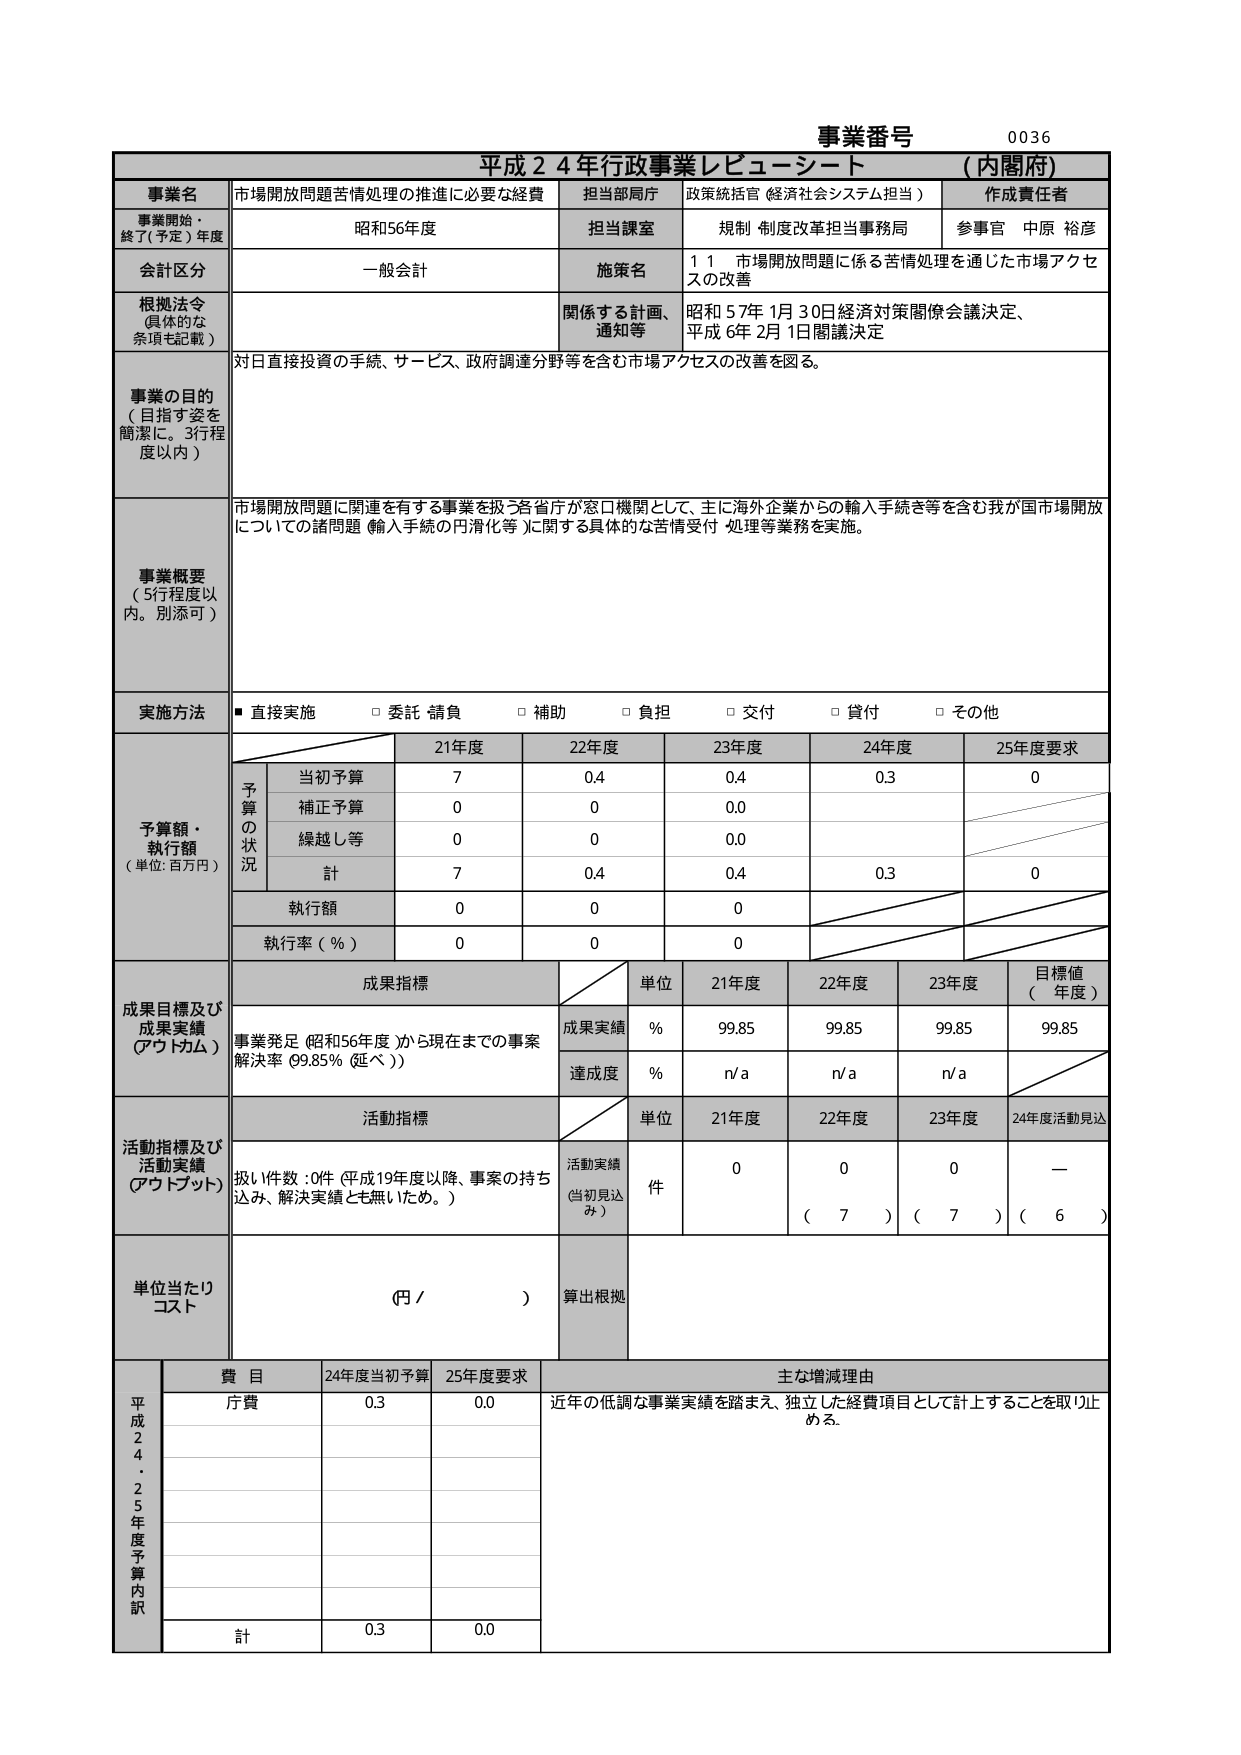
事業番号 0036
平成２４年行政事業レビュー・シート （内閣府）

事業名 市場開放問題苦情処理の推進に必要な経費
担当部局庁 政策統括官（経済社会システム担当）
作成責任者

事業開始・終了（予定）年度 昭和56年度
担当課室 規制・制度改革担当事務局
参事官 中原 裕彦

会計区分 一般会計
施策名 １１ 市場開放問題に係る苦情処理を通じた市場アクセスの改善

根拠法令（具体的な条項も記載）
関係する計画、通知等 昭和57年1月30日経済対策閣僚会議決定、平成6年2月1日閣議決定

事業の目的（目指す姿を簡潔に。3行程度以内）
対日直接投資の手続、サービス、政府調達分野等を含む市場アクセスの改善を図る。

事業概要（5行程度以内。別添可）
市場開放問題に関連を有する事業を扱う各省庁が窓口機関として、主に海外企業からの輸入手続き等を含む我が国市場開放についての諸問題（輸入手続の円滑化等）に関する具体的な苦情受付・処理等業務を実施。

実施方法 ■直接実施 □委託・請負 □補助 □負担 □交付 □貸付 □その他

予算額・執行額（単位：百万円）
予算の状況
21年度 22年度 23年度 24年度 25年度要求
当初予算 7 0.4 0.4 0.3 0
補正予算 0 0 0.0
繰越し等 0 0 0.0
計 7 0.4 0.4 0.3 0
執行額 0 0 0
執行率（％） 0 0 0

成果目標及び成果実績（アウトカム）
成果指標
単位 21年度 22年度 23年度 目標値（年度）
成果実績 % 99.85 99.85 99.85 99.85
達成度 % n/a n/a n/a

活動指標及び活動実績（アウトプット）
活動指標
単位 21年度 22年度 23年度 24年度活動見込
活動実績（当初見込み） 件 0 0 0 —
（ 7 ） （ 7 ） （ 6 ）

単位当たりコスト （円／ ） 算出根拠

平成24・25年度予算内訳
費目 24年度当初予算 25年度要求 主な増減理由
庁費 0.3 0.0 近年の低調な事業実績を踏まえ、独立した経費項目として計上することを取り止め。
計 0.3 0.0